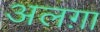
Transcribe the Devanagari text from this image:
अलग़ा